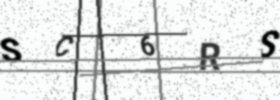
Text: SC6RS